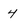
Character: 4